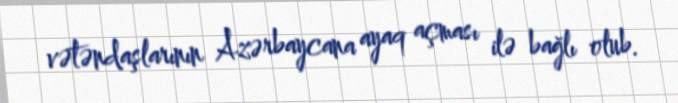
vətəndaşlarının Azərbaycana ayaq açması ilə bağlı olub.